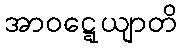
အာဝဋ္ဋေယျာတိ